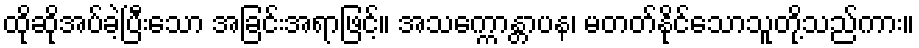
ထိုဆိုအပ်ခဲ့ပြီးသော အခြင်းအရာဖြင့်။ အသက္ကောန္တာပန၊ မတတ်နိုင်သောသူတို့သည်ကား။